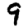
Digit: 9